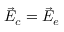
\vec { E } _ { c } = \vec { E } _ { e }